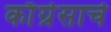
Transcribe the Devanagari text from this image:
काँग्रेसाचे